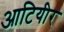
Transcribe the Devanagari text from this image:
आटियीर